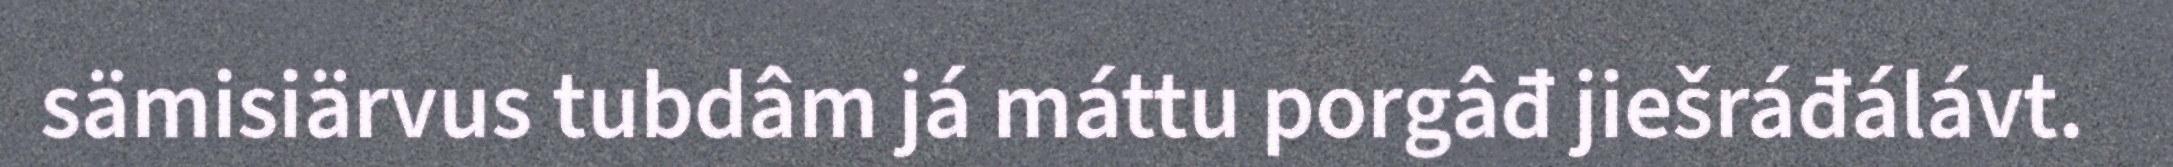
sämisiärvus tubdâm já máttu porgâđ jiešráđálávt.